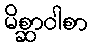
မိစ္ဆာဝါစာ